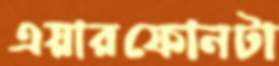
এয়ারফোনটা